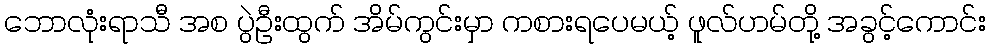
ဘောလုံးရာသီ အစ ပွဲဦးထွက် အိမ်ကွင်းမှာ ကစားရပေမယ့် ဖူလ်ဟမ်တို့ အခွင့်ကောင်း